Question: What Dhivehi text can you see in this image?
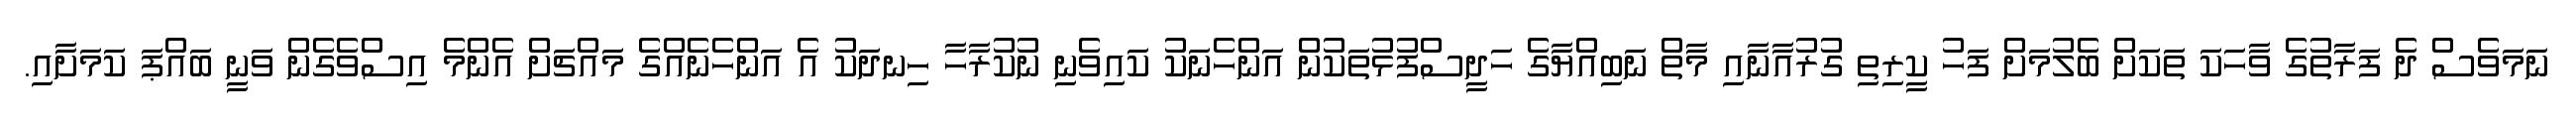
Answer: ނަމަވެސް ދެ ފަރާތުގެ ވާހަކަ ތަކަށް ބެލުމަށް ފަހު ކީރިތި ގުރުއާނާއި މާތް ނަބިއްޔާގެ ހަދީސްފުޅުތަކުން އަންހެނަކު ކައިވެނި ނުކުރާހާ ހިނދަކު އެ އަންހެނެއްގެ މައްޗަށް އެންމެ އިސްވެގެން ވަނީ ބައްޕަ ކަމަށާއި.